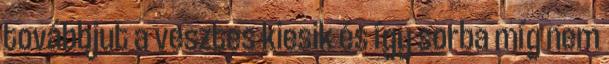
továbbjut a vesztes kiesik és így sorba míg nem